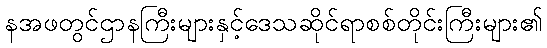
နအဖတွင်ဌာနကြီးများနှင့်ဒေသဆိုင်ရာစစ်တိုင်းကြီးများ၏